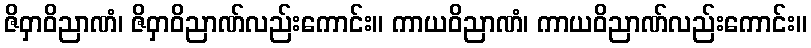
ဇိဝှာဝိညာဏံ၊ ဇိဝှာဝိညာဏ်လည်းကောင်း။ ကာယဝိညာဏံ၊ ကာယဝိညာဏ်လည်းကောင်း။